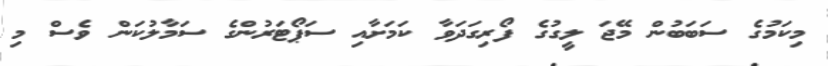
މިކަމުގެ ސަބަބުން މޭޖަ ލީގުގެ ފޯރިގަދަވާ ކަމަށާއި ސަޕޯޓަރުންގެ ސަމާލުކަން ވެސް މި